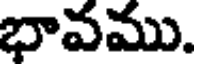
భావము.